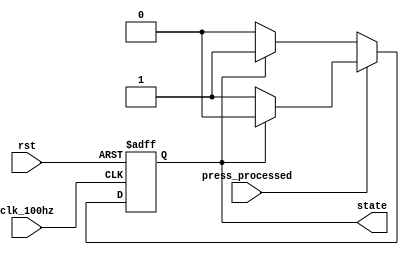
`timescale 1ns / 1ps
//////////////////////////////////////////////////////////////////////////////////
// Company: 
// Engineer: 
// 
// Design Name: 
// Module Name: FSM2
// Project Name: 
// Target Devices: 
// Tool Versions: 
// Description: 
// 
// Dependencies: 
// 
// Revision:
// Revision 0.01 - File Created
// Additional Comments:
// 
//////////////////////////////////////////////////////////////////////////////////
`define freeze 1'b0
`define unfreeze 1'b1

module FSM2(press_processed, clk_100hz, rst, state);
    input press_processed, clk_100hz, rst;
    output state;
    reg state, state_next;
    
    always @* begin
        case(press_processed)
            1'b0: begin
                if(state == `freeze)
                    state_next = `freeze;
                else
                    state_next = `unfreeze;
            end
            default: begin
                if(state == `freeze)
                    state_next = `unfreeze;
                else
                    state_next = `freeze;
            end
        endcase
    end
    
    always @(posedge clk_100hz or negedge rst) begin
        if(~rst)
            state <= `unfreeze;
        else
            state <= state_next;
    end
endmodule